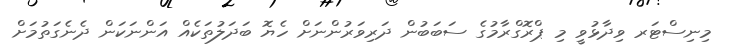
މިނިސްޓަރ ވިދާޅުވީ މި ޕްރޮގްރާމުގެ ސަބަބުން ދަރިވަރުންނަށް ހެޔޮ ބަދަލުތަކެއް އަންނަކަން ދެނެގަތުމަށް